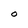
Character: 0